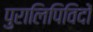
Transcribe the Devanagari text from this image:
पुरालिपिविदों